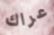
عراك